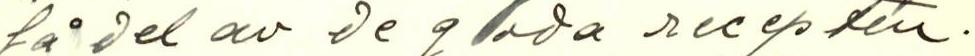
få del av de goda recepten.